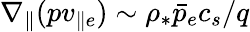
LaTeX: \nabla_{\parallel}(pv_{\parallel e})\sim\rho_{*}\bar{p}_{e}c_{s}/q